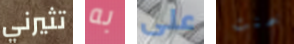
تثيرني به على خمنت